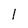
Character: 1